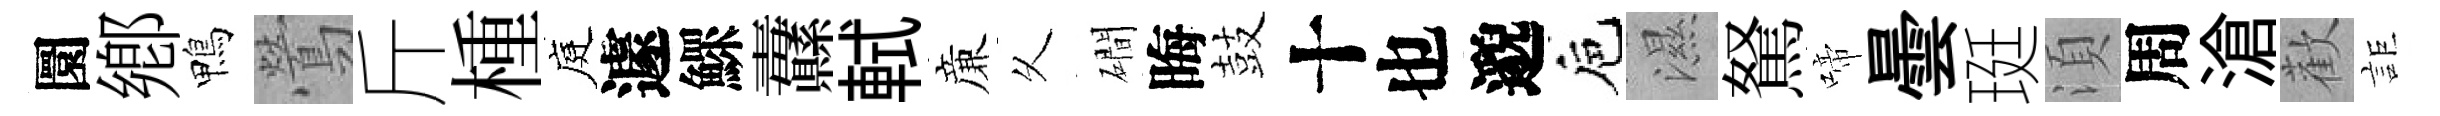
圜鄕鴨鶯斤㮔庭遽鰥纛軾亷乆磵晦鼓十也邈巵濕駑啼曇珽湏周滄歡詎